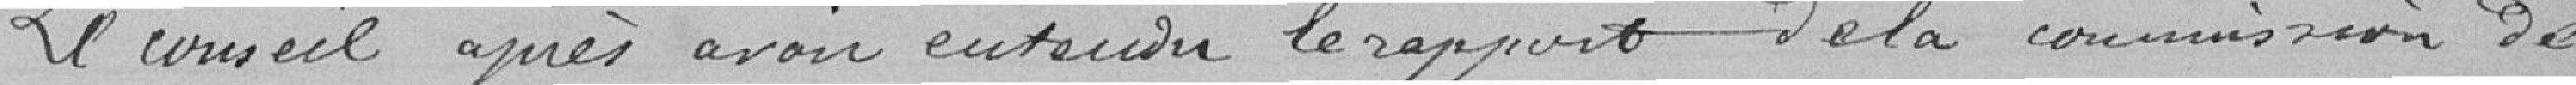
Le conseil après avoir entendu le rapport de la commission de